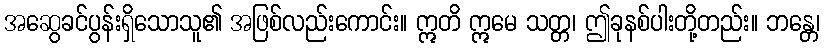
အဆွေခင်ပွန်းရှိသောသူ၏ အဖြစ်လည်းကောင်း။ ဣတိ ဣမေ သတ္တ၊ ဤခုနစ်ပါးတို့တည်း။ ဘန္တေ၊